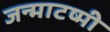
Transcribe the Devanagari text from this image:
जन्माटष्मी